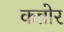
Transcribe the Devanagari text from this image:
कन्नोर